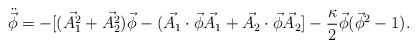
\begin{align*}\ddot{\vec{\phi}} =-[(\vec{A_{1}^{2}}+\vec{A_{2}^{2}})\vec{\phi}-(\vec{A_{1}}\cdot\vec{\phi}\vec{A_{1}}+\vec{A_{2}}\cdot\vec{\phi}\vec{A_{2}}]-\frac{\kappa}{2}\vec{\phi}(\vec{\phi}^{2 }-1).\end{align*}